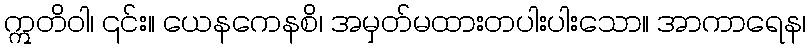
ဣတိဝါ၊ ၎င်း။ ယေနကေနစိ၊ အမှတ်မထားတပါးပါးသော။ အာကာရေန၊